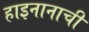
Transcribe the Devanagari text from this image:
हाइनानाची